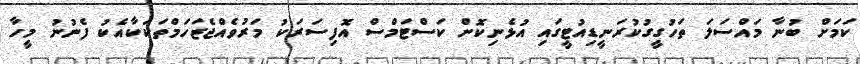
ކަމަށް ބުނާ މައްސަލަ ތަހުގީގުކުރަނީޑިއުޓީގައި އުޅެނިކޮށް ކަސްޓަމްސް އޮފިސަރަކު މަރުވެއްޖެޒަހަމްތަކަކާއެކު ފެނުނު މީހާ